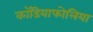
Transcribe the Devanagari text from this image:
कॉडियाफोलिया